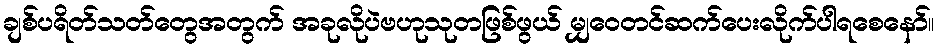
ချစ်ပရိတ်သတ်တွေအတွက် အခုလိုပဲဗဟုသုတဖြစ်ဖွယ် မျှဝေတင်ဆက်ပေးလိုက်ပါရစေနော်။